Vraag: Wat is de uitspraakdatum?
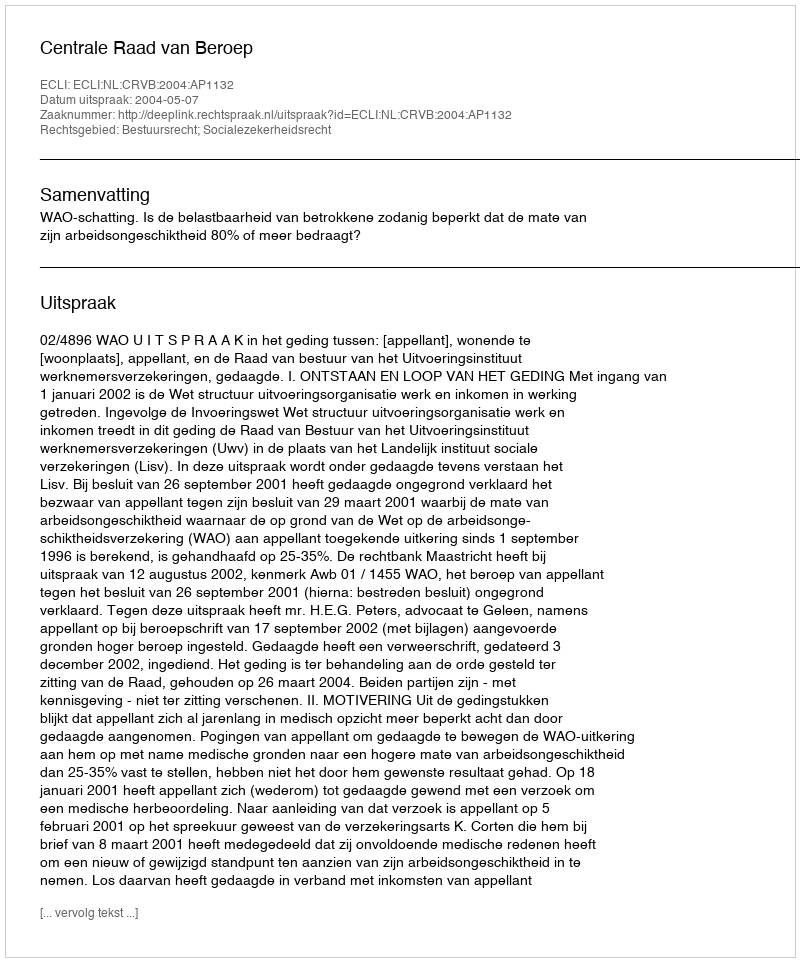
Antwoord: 2004-05-07